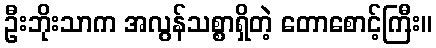
ဦးဘိုးသာက အလွန်သစ္စာရှိတဲ့ တောစောင့်ကြီး။